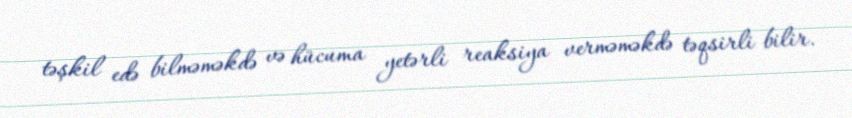
təşkil edə bilməməkdə və hücuma yetərli reaksiya verməməkdə təqsirli bilir.